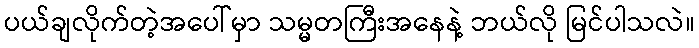
ပယ်ချလိုက်တဲ့အပေါ်မှာ သမ္မတကြီးအနေနဲ့ ဘယ်လို မြင်ပါသလဲ။